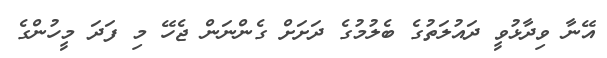
އޭނާ ވިދާޅުވީ ދައުލަތުގެ ބެލުމުގެ ދަށަށް ގެންނަން ޖެހޭ މި ފަދަ މީހުންގެ